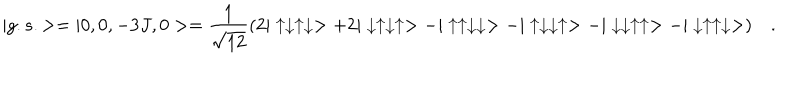
| g . s . > = | 0 , 0 , - 3 J , 0 > = \frac { 1 } { \sqrt { 1 2 } } ( 2 | \uparrow \downarrow \uparrow \downarrow > + 2 | \downarrow \uparrow \downarrow \uparrow > - | \uparrow \uparrow \downarrow \downarrow > - | \uparrow \downarrow \downarrow \uparrow > - | \downarrow \downarrow \uparrow \uparrow > - | \downarrow \uparrow \uparrow \downarrow > ) \quad .